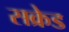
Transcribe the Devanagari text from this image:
सक्रेड